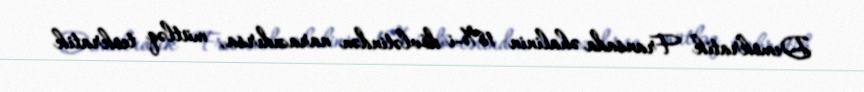
Demokratik Fransada əhalinin 18%-i dövlətindən narazıdırsa, mütləq teokratik